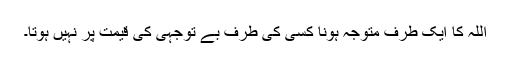
اللہ کا ایک طرف متوجہ ہونا کسی کی طرف بے توجہی کی قیمت پر نہیں ہوتا۔